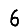
Digit: 6